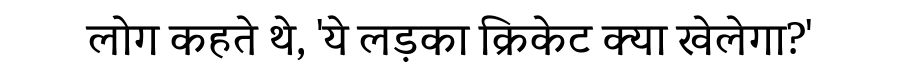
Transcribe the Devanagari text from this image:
लोग कहते थे, 'ये लड़का क्रिकेट क्या खेलेगा?'